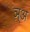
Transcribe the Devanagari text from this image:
ञ़्अ